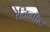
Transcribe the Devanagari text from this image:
रेजिनॉल्ड